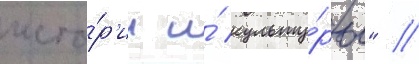
исто́р'ии и́ культу́ры" /